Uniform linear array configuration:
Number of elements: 12
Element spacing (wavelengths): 1
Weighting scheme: binomial
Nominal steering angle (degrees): -60
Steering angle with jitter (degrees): -58.148
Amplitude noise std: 0.05
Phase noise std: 0.05

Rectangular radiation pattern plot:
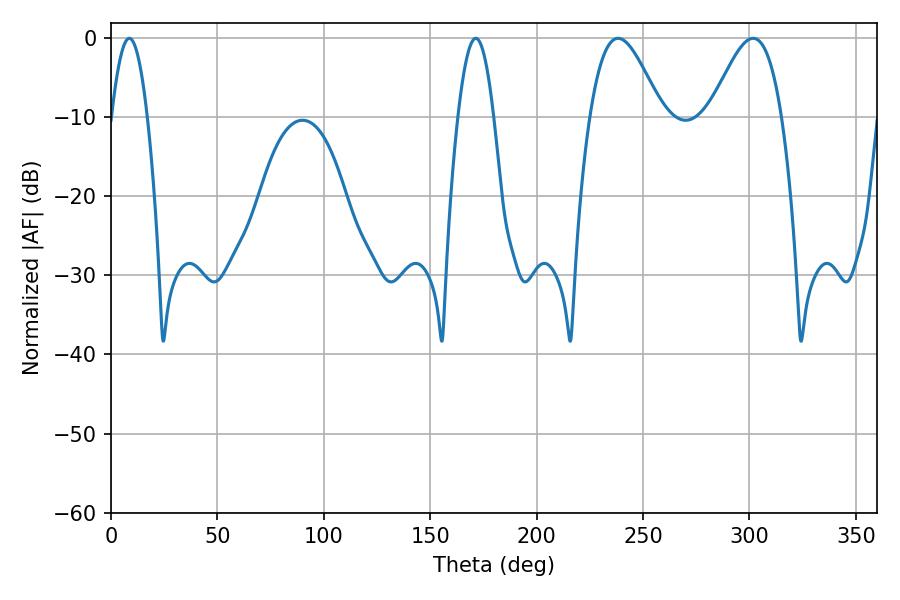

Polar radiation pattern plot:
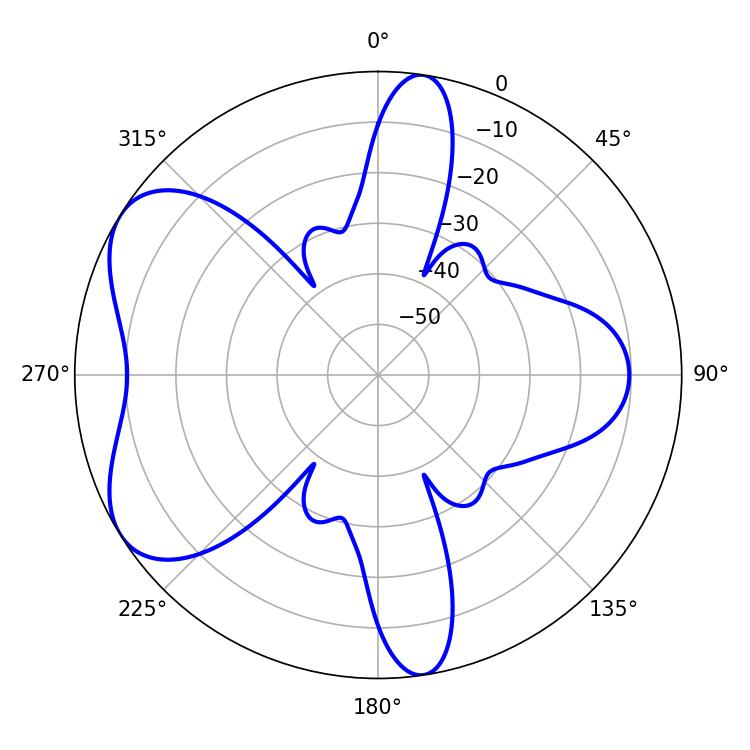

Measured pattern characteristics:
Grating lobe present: TRUE
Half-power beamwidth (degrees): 18
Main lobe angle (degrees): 238.32